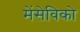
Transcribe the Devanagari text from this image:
मेंसेविको